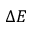
\Delta E